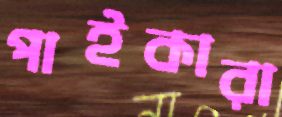
পাইকারা